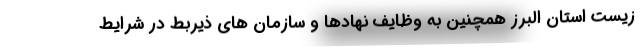
زیست استان البرز همچنین به وظایف نهادها و سازمان های ذیربط در شرایط